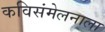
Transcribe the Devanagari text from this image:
कविसंमेलनाला